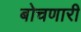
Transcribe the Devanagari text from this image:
बोचणारी